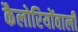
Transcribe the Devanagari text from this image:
कैलोरियोंवाली